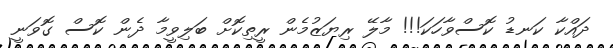
ދައްކާ ކަނޑު ކޮސްވާހަކަ!!! މާލޭ ރިޔަަޒުމެން ރީތިކޮށް ބަލިވީމާ ދެން ކޮސް ގޮވަނީ